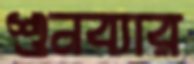
শুনব্যার